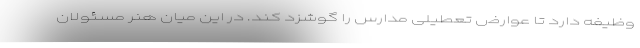
وظیفه دارد تا عوارض تعطیلی مدارس را گوشزد کند. در این میان هنر مسئولان